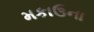
મકાઉના